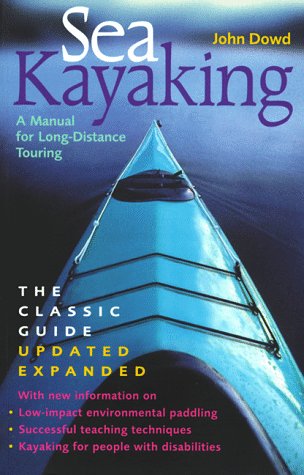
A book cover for Sea Kayaking: A Manual for Long-Distance Touring; John Dowd; Sports & Outdoors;